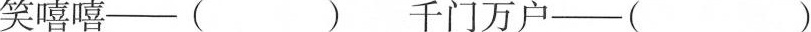
笑嘻嘻--( ) 千门万户--( )